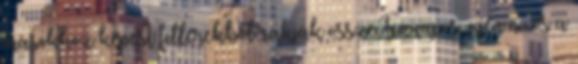
másokhoz képest fillérekből rakják össze, tíznapos, igen nívós a